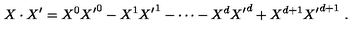
X \cdot X ^ { \prime } = { X ^ { 0 } } { X ^ { \prime } } ^ { 0 } - { X ^ { 1 } } { X ^ { \prime } } ^ { 1 } - \cdots - { X ^ { d } } { X ^ { \prime } } ^ { d } + X ^ { d + 1 } { X ^ { \prime } } ^ { d + 1 } \ .